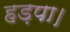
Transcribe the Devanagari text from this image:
हड़पा।